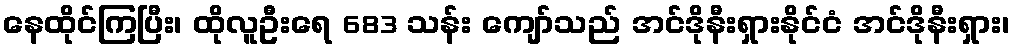
နေထိုင်ကြပြီး၊ ထိုလူဦးရေ 683 သန်း ကျော်သည် အင်ဒိုနီးရှားနိုင်ငံ အင်ဒိုနီးရှား၊